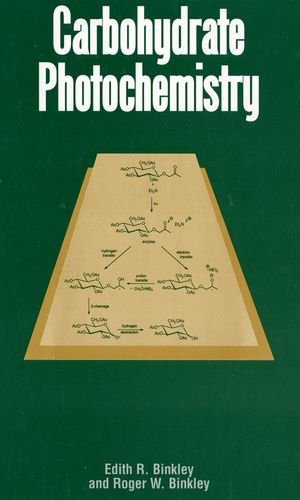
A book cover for Carbohydrate Photochemistry (ACS Monographs); Edith R. Binkley; Science & Math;